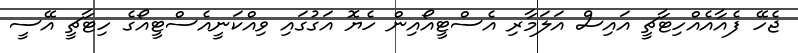
ޖެހޭ ފެއާއެއްހިޓާޗީ އައިސް އަލަމާރި އެސްޓީއޯއިން ހެޔޮ އަގުގައި ވިއްކަނީއެސްޓީއޯގެ ހިޓާޗީ އޭސީ